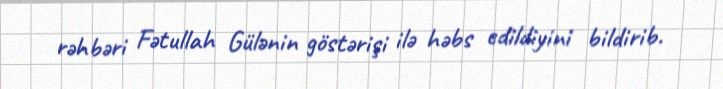
rəhbəri Fətullah Gülənin göstərişi ilə həbs edildiyini bildirib.